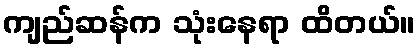
ကျည်ဆန်က သုံးနေရာ ထိတယ်။